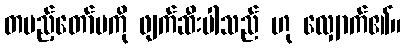
တပည့်တော်မကို ဖျက်ဆီးပါသည် ဟု လျှောက်၏။